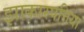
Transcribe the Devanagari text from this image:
झाकारपत्तिया